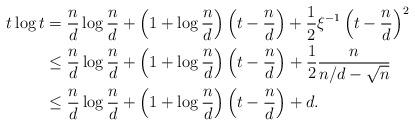
LaTeX: \begin{align*}t\log t&=\frac{n}{d}\log\frac{n}{d}+\left(1+\log\frac{n}{d}\right)\left(t-\frac{n}{d}\right)+\frac{1}{2}\xi^{-1}\left(t-\frac{n}{d}\right)^2\\ &\leq \frac{n}{d}\log\frac{n}{d}+\left(1+\log\frac{n}{d}\right)\left(t-\frac{n}{d}\right)+\frac{1}{2}\frac{n}{n/d-\sqrt{n}}\\ &\leq \frac{n}{d}\log\frac{n}{d}+\left(1+\log\frac{n}{d}\right)\left(t-\frac{n}{d}\right)+d.\end{align*}